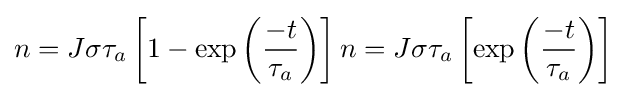
n=J\sigma \tau _{a}\left[1-\exp \left({-t \over \tau _{a}}\right)\right]n=J\sigma \tau _{a}\left[\exp \left({-t \over \tau _{a}}\right)\right]